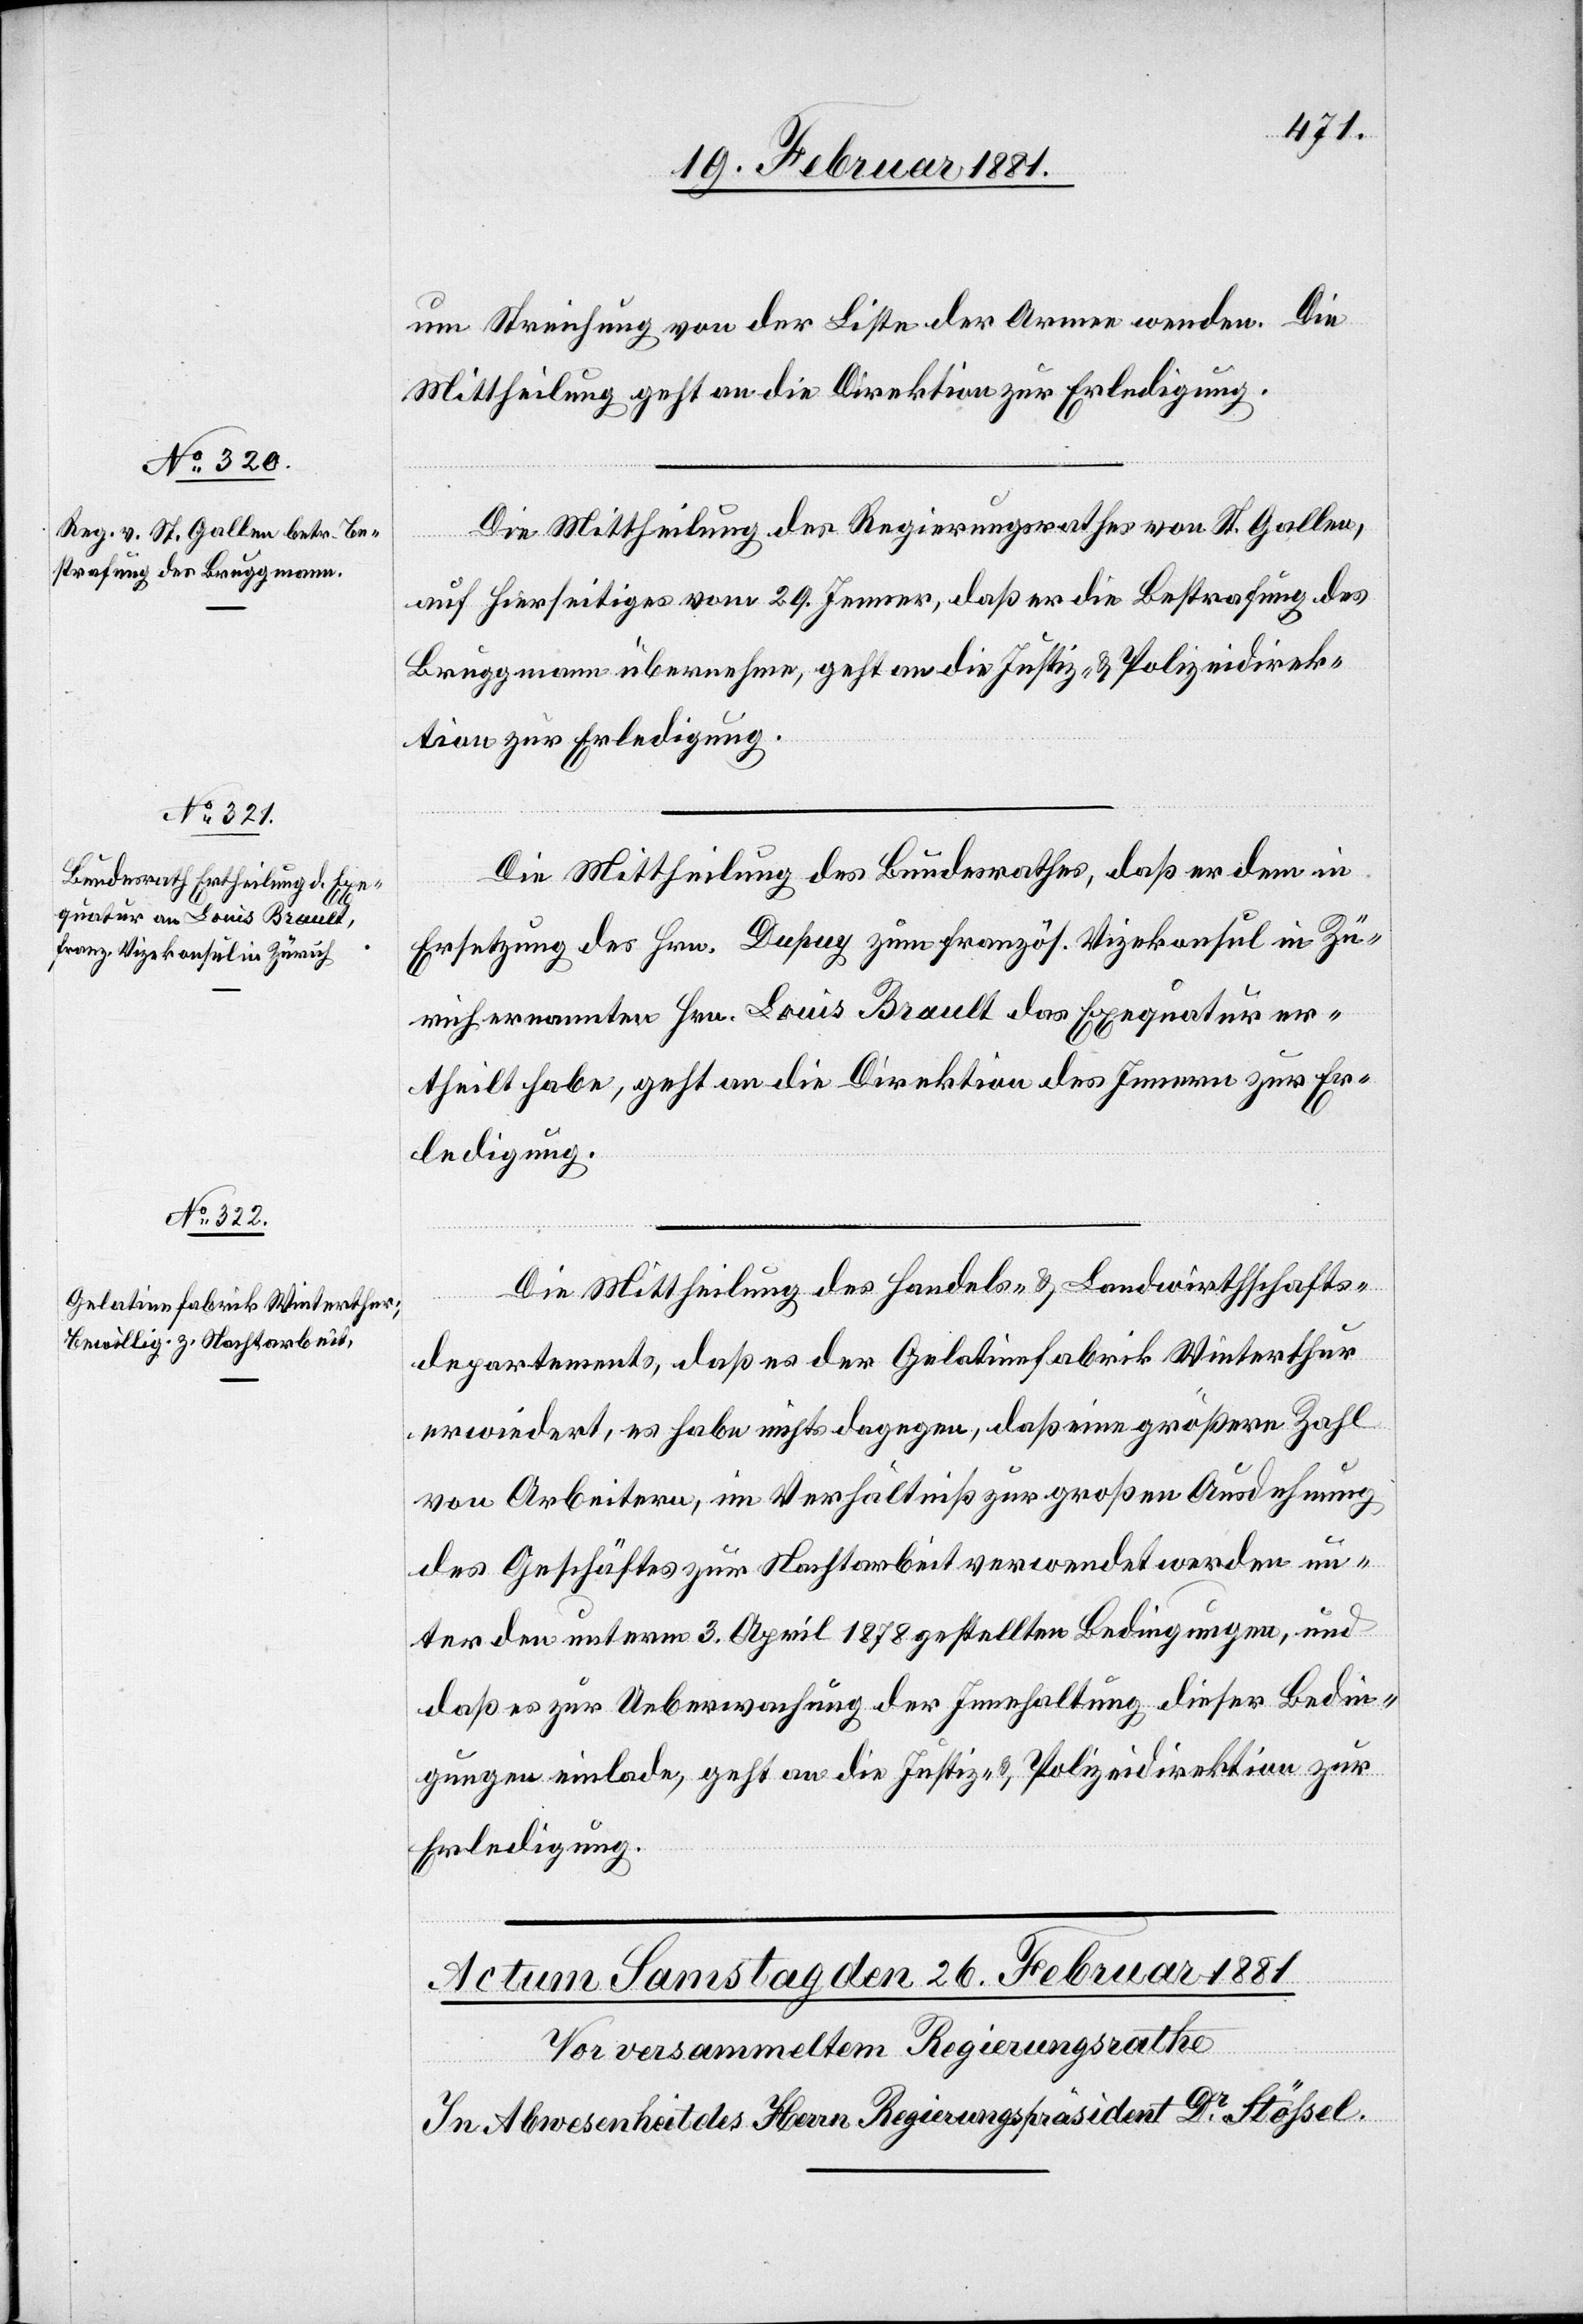
24. Februar 1881.]
um Streichung von der Liste der Armee wenden. Die
Mittheilung geht an die Direktion zur Erledigung.
Die Mittheilung des Regierungsrathes von St. Gallen,
auf hierseitiges vom 29. Jenner, daß er die Bestrafung des
Bruggmann übernehme, geht an die Justiz- & Polizeidirek¬
tion zur Erledigung.
Die Mittheilung des Bundesrathes, daß er dem in
Ersetzung des Hrn. Dupuy zum französ. Vizekonsul in Zü¬
rich ernannten Hrn. Louis Brault das Exequatur er¬
theilt habe, geht an die Direktion des Innern zur Er¬
ledigung.
Die Mittheilung des Handels- & Landwirthschafts¬
departements, daß es der Gelatinefabrik Winterthur
erwiedert, es habe nichts dagegen, daß eine größere Zahl
von Arbeitern, im Verhältniß zur großen Ausdehnung
des Geschäftes zur Nachtarbeit verwendet werden un¬
ter den unterm 3. April 1878 gestellten Bedingungen, und
daß es zur Ueberwachung der Innehaltung dieser Bedin¬
gungen einlade, geht an die Justiz- und Polizeidirektion zur
Erledigung.